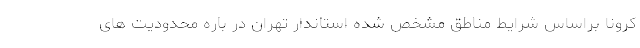
کرونا براساس شرایط مناطق مشخص شده استاندار تهران در باره محدودیت های